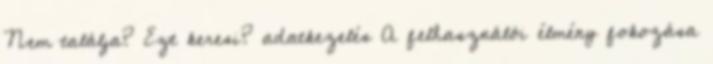
Nem találja? Ezt keresi? adatkezelés A felhasználói élmény fokozása